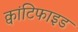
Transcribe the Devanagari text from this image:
क्वांटिफाइड